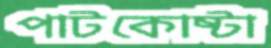
পাটকোষ্টা